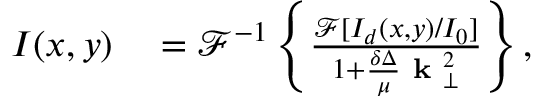
\begin{array} { r l } { I ( x , y ) } & { { } = \mathcal { F } ^ { - 1 } \left\{ \frac { \mathcal { F } [ I _ { d } ( x , y ) / I _ { 0 } ] } { 1 + \frac { \delta \Delta } { \mu } \textbf { k } _ { \perp } ^ { 2 } } \right\} , } \end{array}